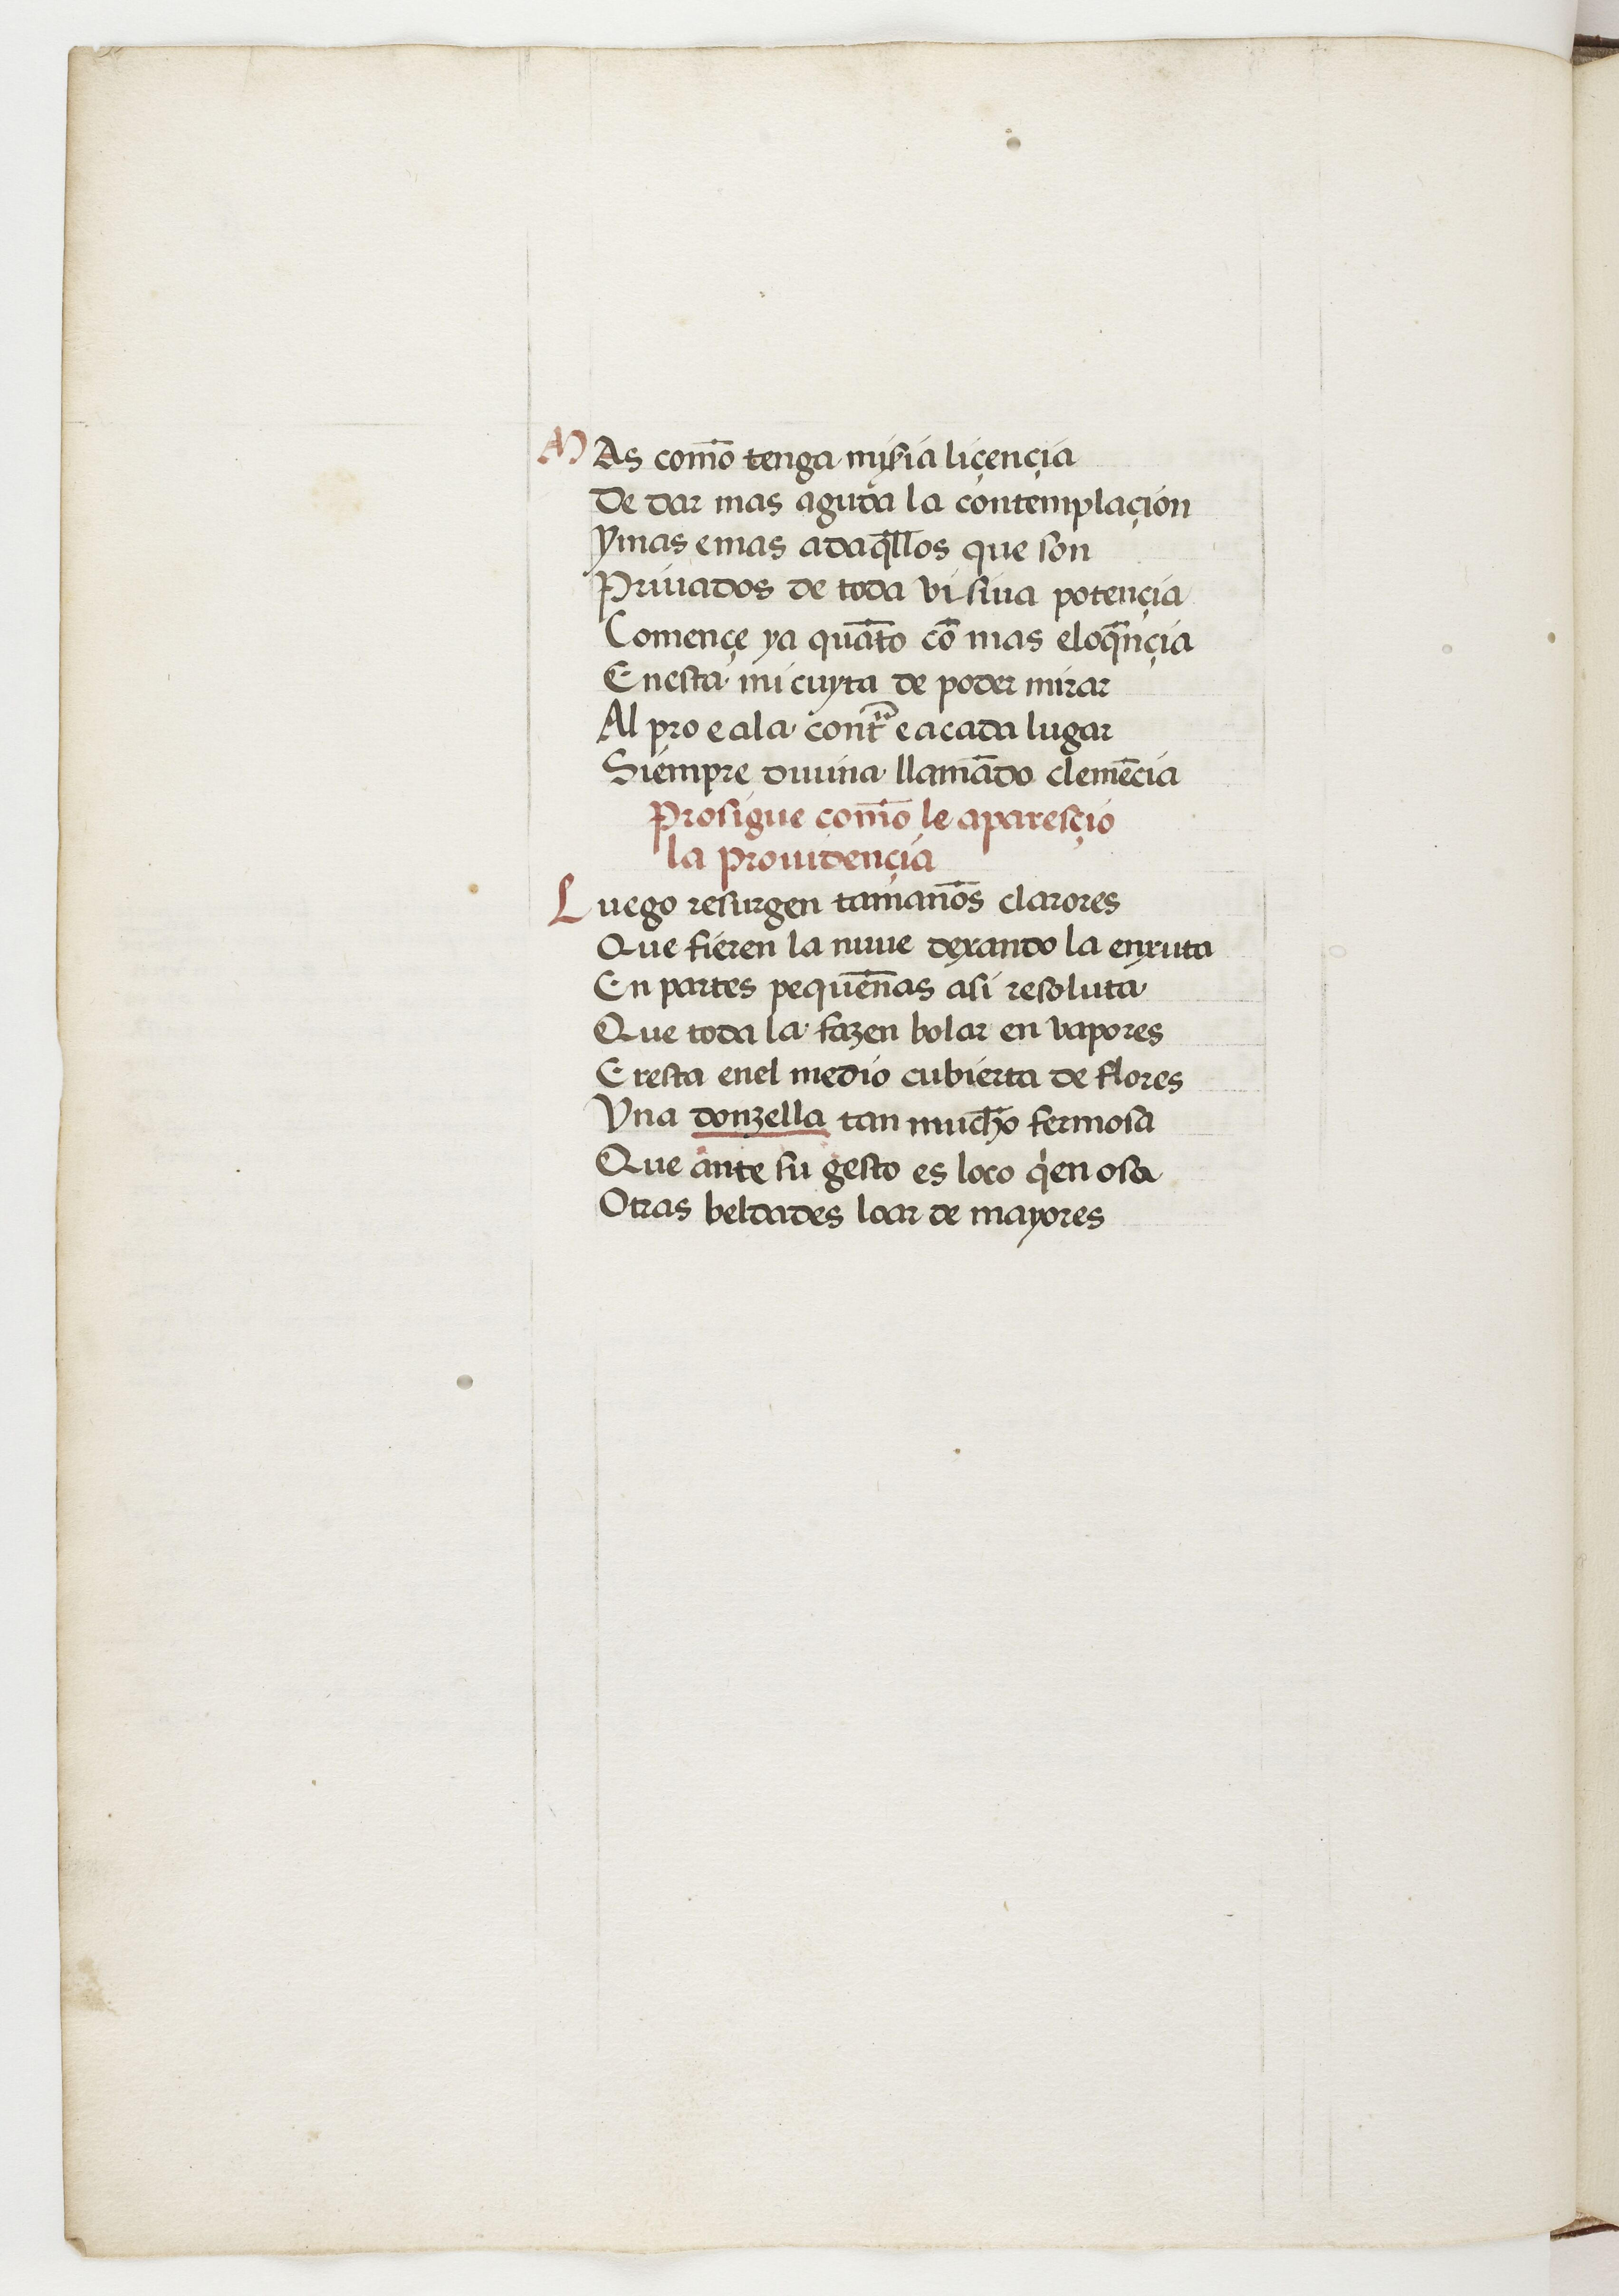
Shelfmark: Paris, BnF, esp. 229
Century: 15